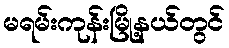
မရမ်းကုန်းမြို့နယ်တွင်